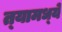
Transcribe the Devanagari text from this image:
त्‍यामध्‍ये